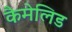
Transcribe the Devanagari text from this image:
कैमेलिड